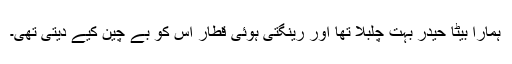
ہمارا بیٹا حیدر بہت چلبلا تھا اور رینگتی ہوئی قطار اس کو بے چین کیے دیتی تھی۔